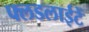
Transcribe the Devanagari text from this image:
फ्लडलाईटें